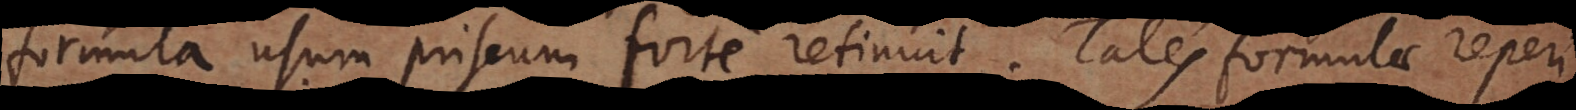
formula usum priscum forte retinuit Tales formulae reper